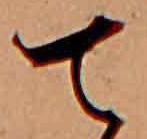
て